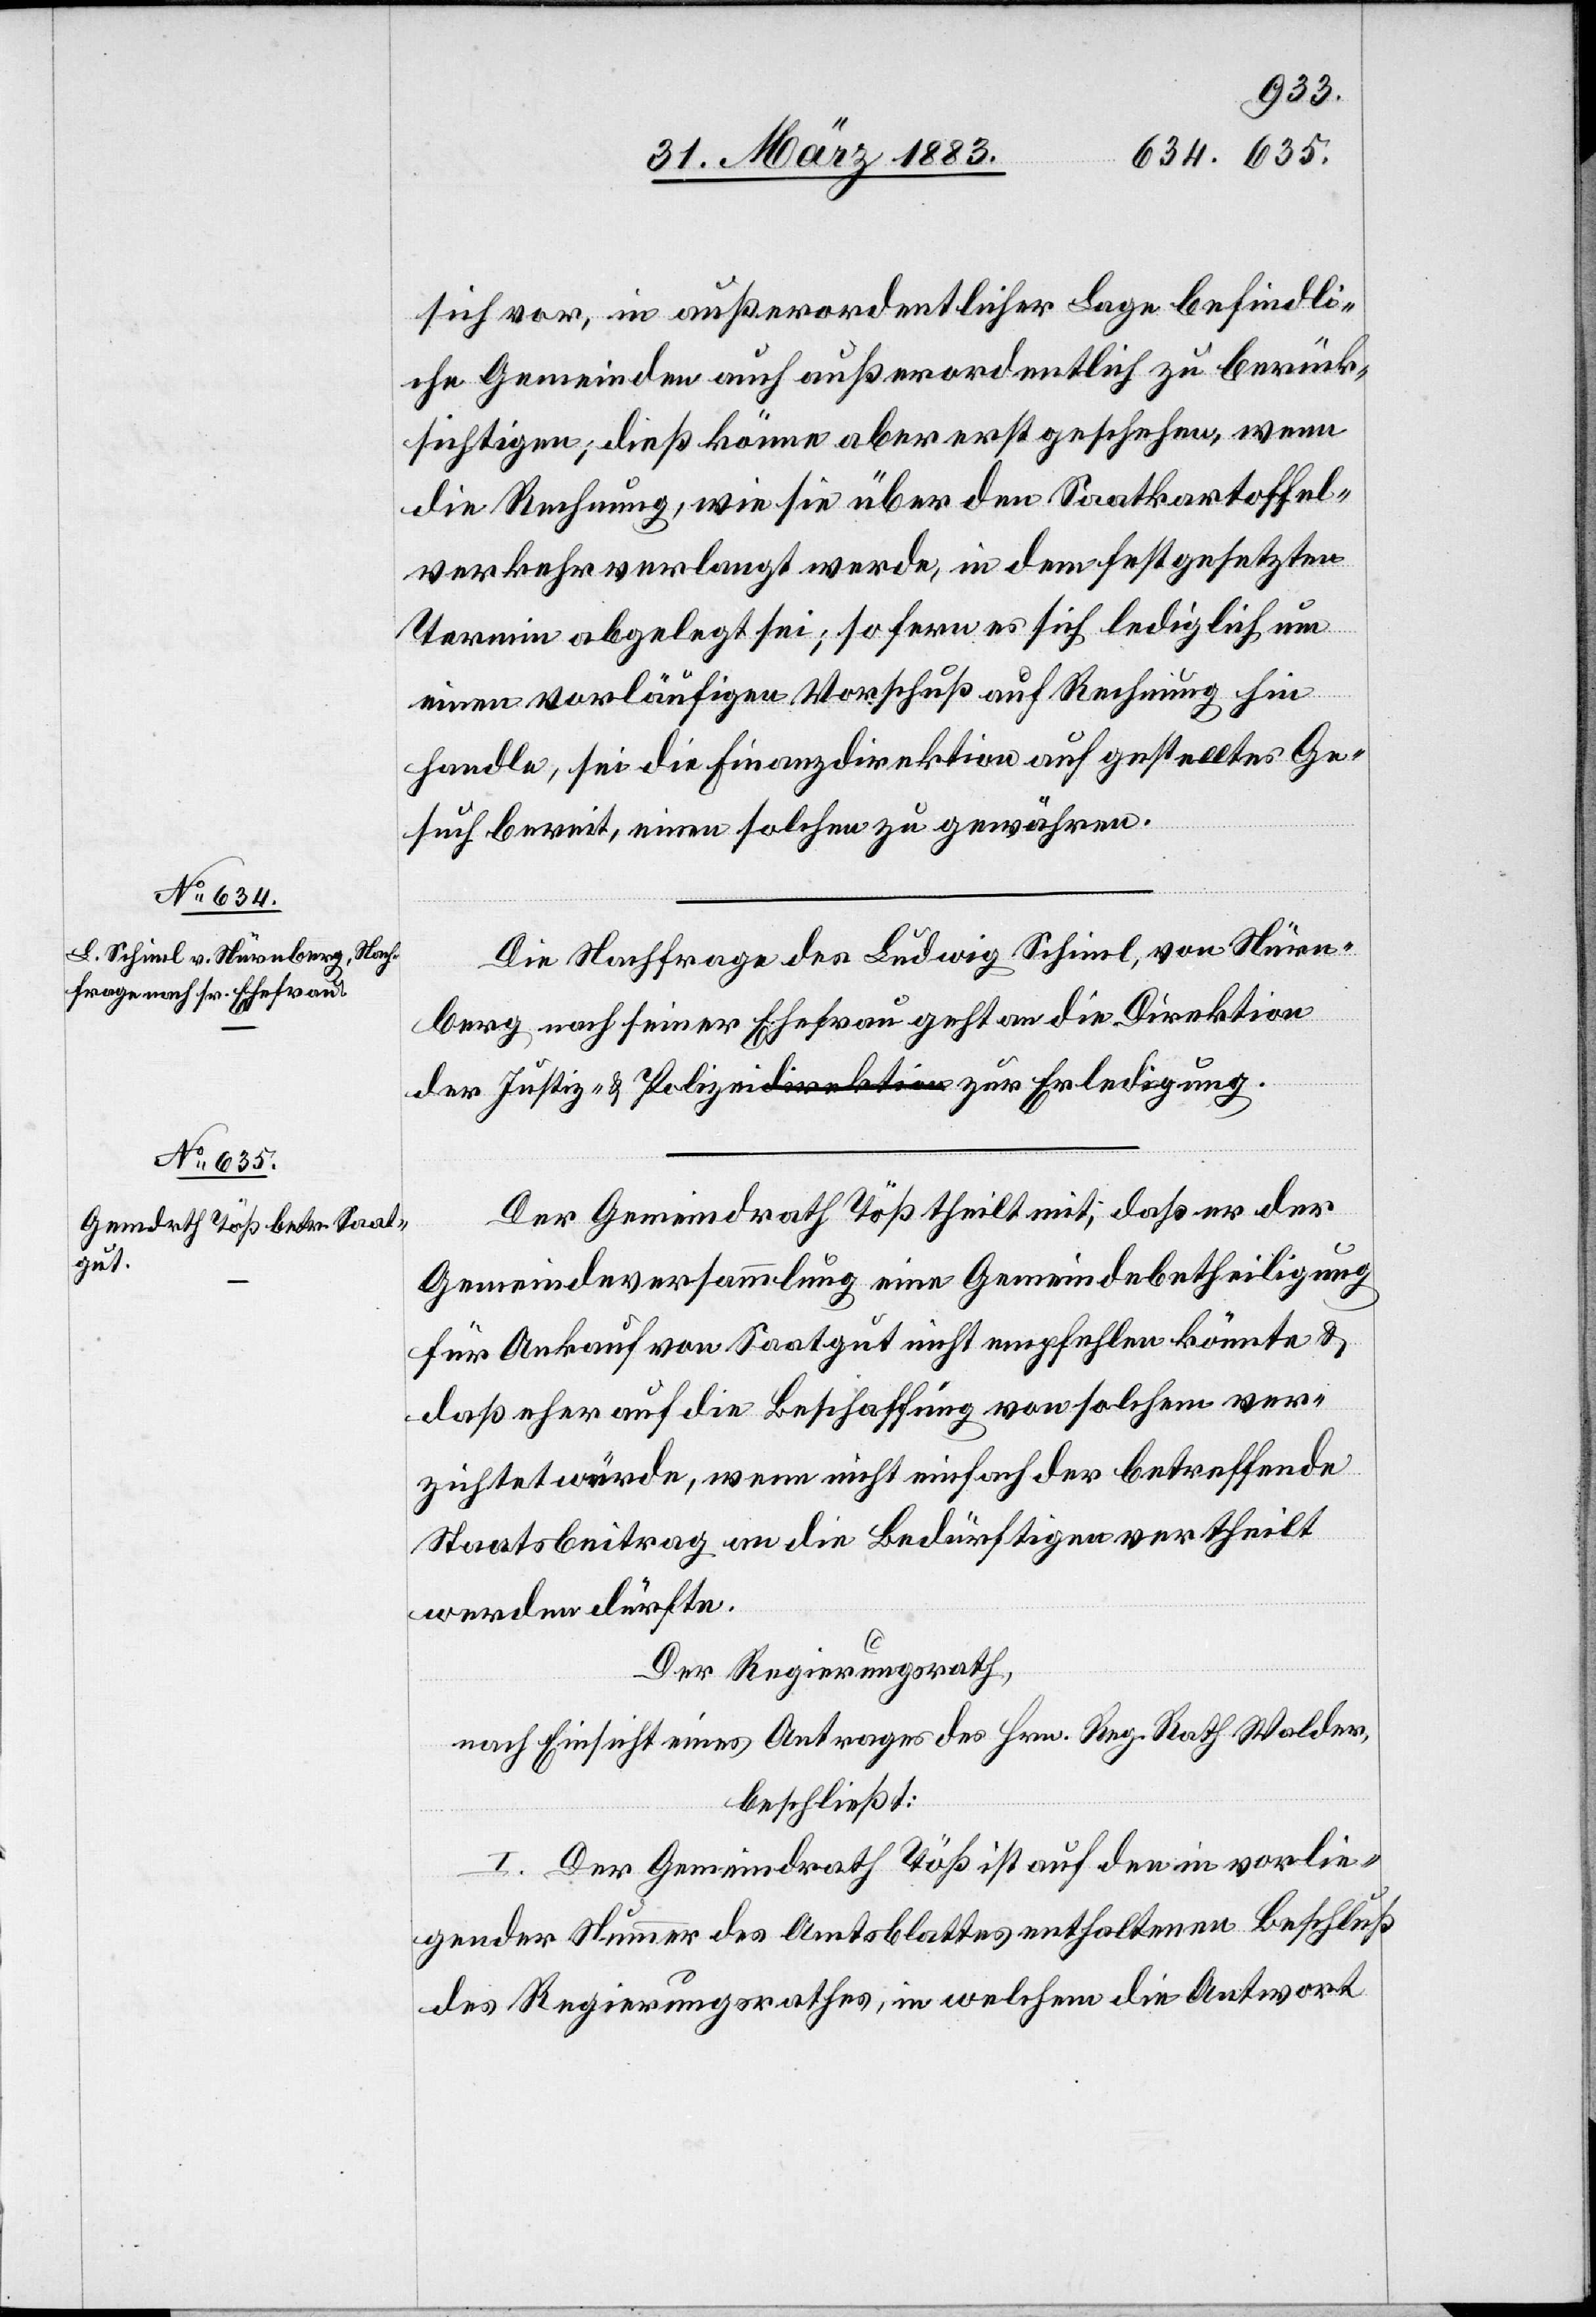
3.
1883.]
sich vor, in außerordentlicher Lage befindli¬
che Gemeinden auch außerordentlich zu berück¬
sichtigen; dieß könne aber erst geschehen, wenn
die Rechnung, wie sie über den Saatkartoffel¬
verkehr verlangt werde, in dem festgesetzten
Termin abgelegt sei; so fern es sich lediglich um
einen vorläufigen Vorschuß auf Rechnung hin
handle, sei die Finanzdirektion auf gestelltes Ge¬
such bereit, einen solchen zu gewähren.
Die Nachfrage des Ludwig Schiml, von Nürn¬
berg, nach seiner Ehefrau geht an die Direktion
Der Gemeindrath Töß theilt mit, daß er der
Gemeindeversammlung eine Gemeindebetheiligung
für Ankauf von Saatgut nicht empfehlen könnte &
daß eher auf die Beschaffung von solchem ver¬
zichtet würde, wenn nicht einfach der betreffende
Staatsbeitrag an die Bedürftigen vertheilt
werden dürfte.
Der Regierungsrath,
nach Einsicht eines Antrages des Hrn. Reg. Rath Walder,
beschließt:
I. Der Gemeindrath Töß ist auf den in vorlie¬
gender Nummer des Amtsblattes enthaltenen Beschluß
des Regierungsrathes, in welchem die Antwort